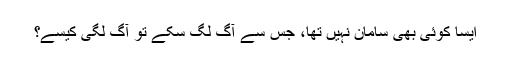
ایسا کوئی بھی سامان نہیں تھا، جس سے آگ لگ سکے تو آگ لگی کیسے؟